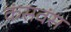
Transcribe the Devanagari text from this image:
कंसवंस